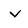
Character: V